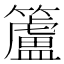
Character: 籚